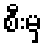
စီးမှ